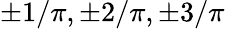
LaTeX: \pm 1/\pi,\pm 2/\pi,\pm 3/\pi